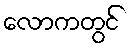
လောကတွင်